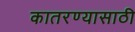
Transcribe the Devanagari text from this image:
कातरण्यासाठी